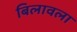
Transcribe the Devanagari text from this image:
बिलावला